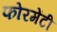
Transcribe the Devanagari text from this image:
फोरमेंटी